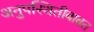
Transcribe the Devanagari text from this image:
अनुपस्थितीबाबत